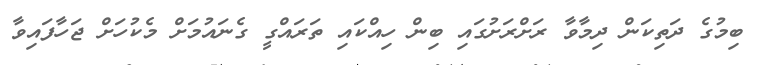
ބިމުގެ ދަތިކަން ދިމާވާ ރަށްރަށުގައި ބިން ހިއްކައި ތަރައްގީ ގެނައުމަށް މެކުހަށް ޖަހާފައިވާ